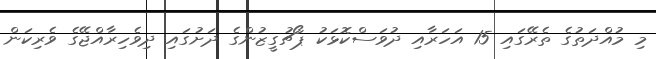
މި މުއްދަތުގެ ތެރޭގައި 15 އަހަރާއި ދުވަސްކޮޅަކު ޕޯޗުގީޒުންގެ ދަށުގައި ދިވެހިރާއްޖޭގެ ވެރިކަން